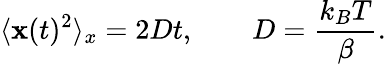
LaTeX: \langle{\mathbf x}(t)^{2}\rangle_{x}=2Dt,\qquad D=\frac{k_{B}T}{\beta}.